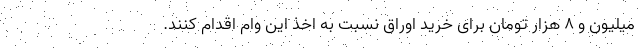
میلیون و ۸ هزار تومان برای خرید اوراق نسبت به اخذ این وام اقدام کنند.